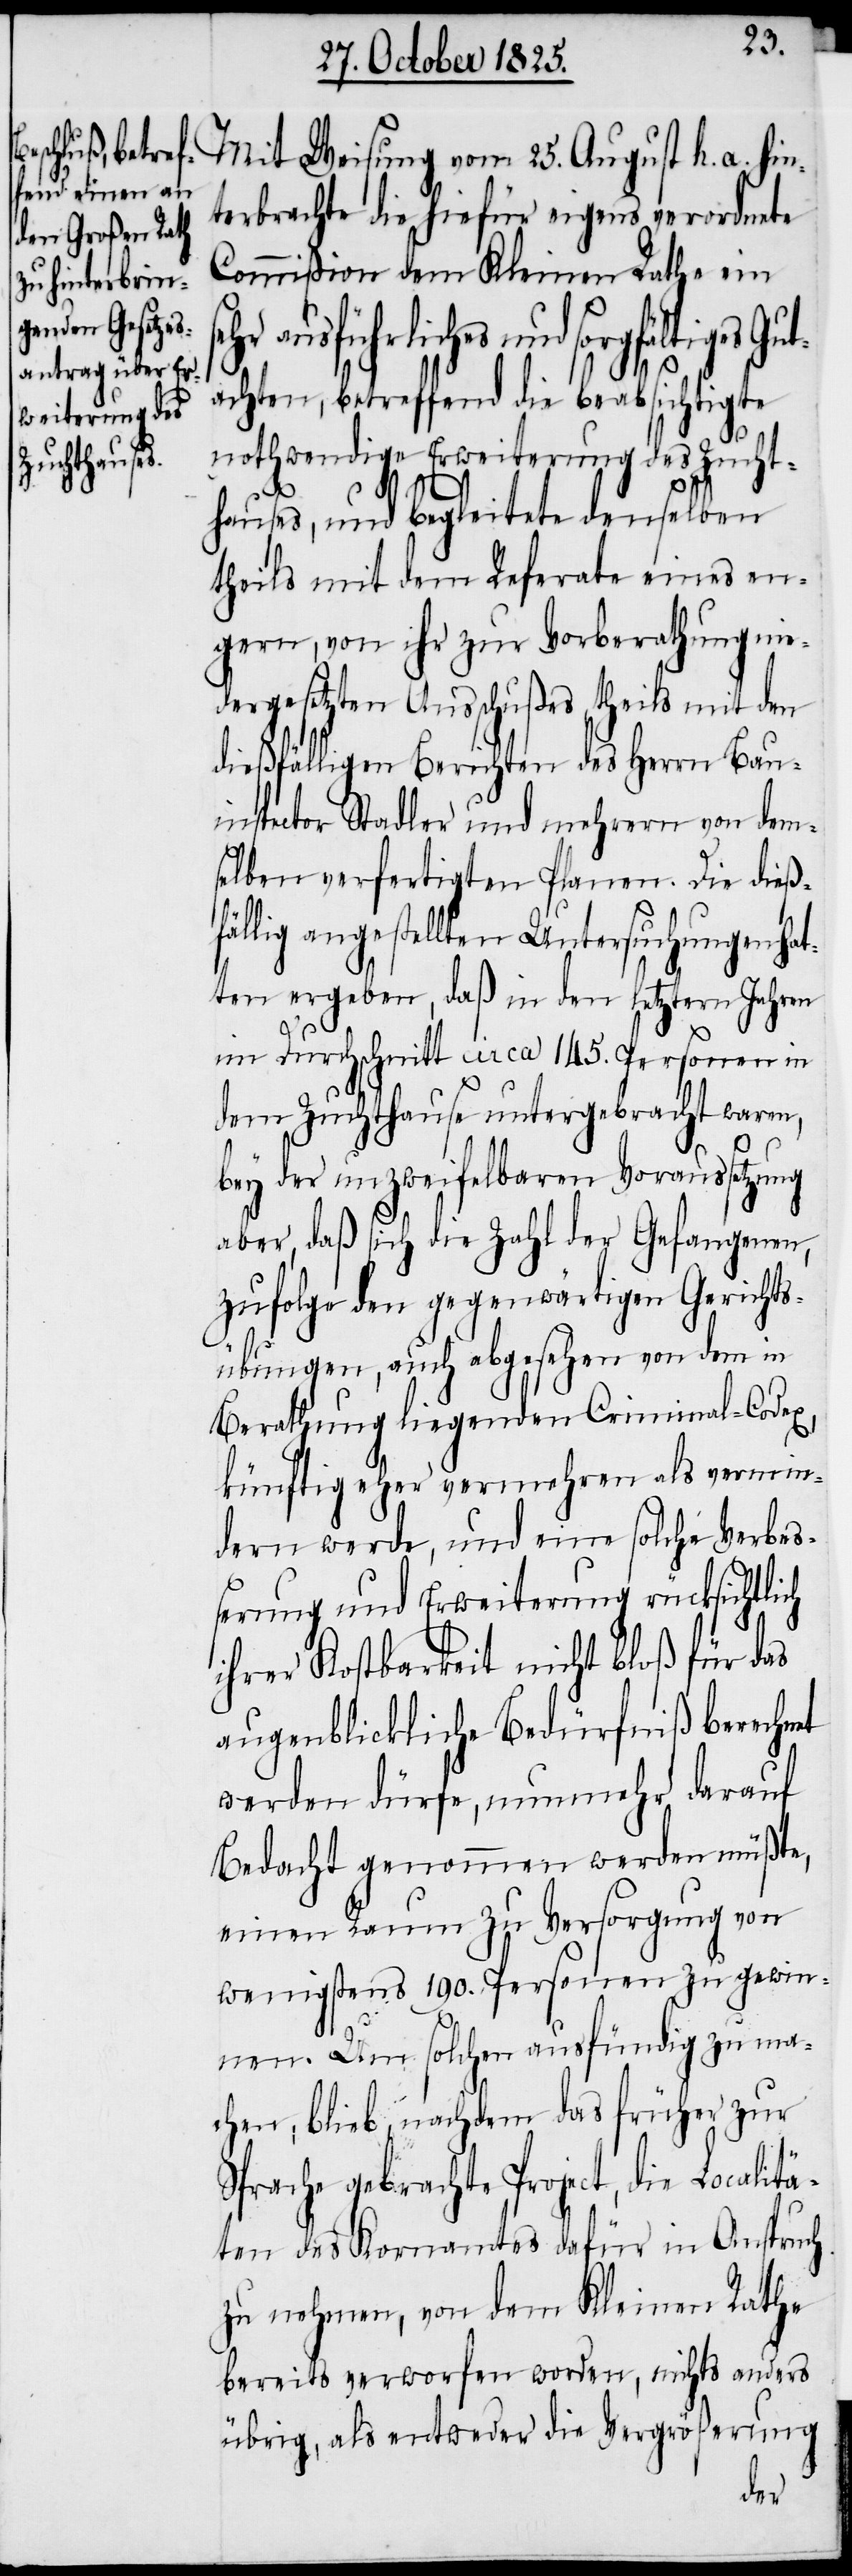
25.
terbrachte die hiefür eigens verordnete
Commißion dem Kleinen Rathe ein
und sorgfältiges Gut¬
achten, betreffend die beabsichtigte
nothwendige Erweiterung des Zucht¬
hauses, und begleitete denselben
theils mit dem Referate eines en¬
gern, von ihr zu Vorberathung nie¬
dergesetzten Ausschlußes theils mit den
dießfälligen Berichten des Herrn Bau¬
inspector Stadler und mehrern von dem¬
selben verfertigten Planen. Die dieß¬
fällig angestellten Untersuchungen hat¬
ten ergeben, daß in den letztern Jahren
im Durchschnitt circa 145. Personen in
dem Zuchthause untergebracht waren,
bey der unzweifelbaren Voraussetzung
aber, daß sich die Zahl der Gefangenen,
zufolge den gegenwärtigen Gerichts¬
übungen, auch abgesehen von dem in
Berathung liegenden Criminal-Codex,
künftig eher vermehren als vermin¬
dern werde, und eine solche Verbe¬
ßerung und Erweiterung rücksichtlich
ihrer Kostbarkeit nicht bloß für das
augenblickliche Bedürfniß berechnet
werden dürfe, nunmehr darauf
Bedacht genommen werden müßte,
einen Raum zu Versorgung von
wenigstens 190. Personen zu gewin¬
nen. Um solchen ausfündig zu ma¬
chen, blieb, nachdem das früher zur
Sprache gebrachte Project, die Localitä¬
ten des Kornamtes dafür in Anspruch
zu nehmen, von dem Kleinen Rathe
bereits verworfen worden, nichts anders
übrig, als entweder die Vergrößerung